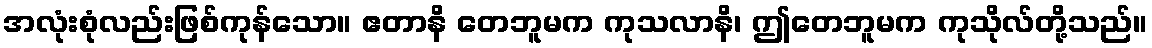
အလုံးစုံလည်းဖြစ်ကုန်သော။ ဧတာနိ တေဘူမက ကုသလာနိ၊ ဤတေဘူမက ကုသိုလ်တို့သည်။